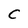
Character: C